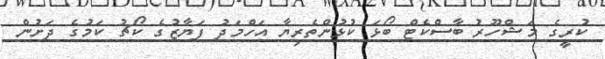
ކުރީގެ މަޝްހޫރު ބާސްކެޓް ބޯޅަ ކުޅުންތެރިޔާ އަހްމަދު ފަޔާޒުގެ ކޯޗު ކަމުގެ ދަށުން